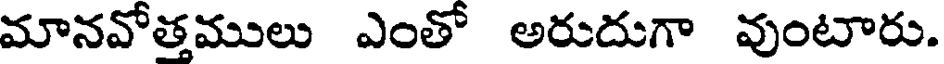
మానవోత్తములు ఎంతో అరుదుగా వుంటారు.